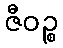
ဇီဝဉ္စ